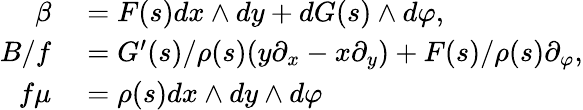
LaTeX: \begin{array}{rl}{\beta}&{{}=F(s)dx\wedge dy+dG(s)\wedge d\varphi,}\\ {B/f}&{{}=G^{\prime}(s)/\rho(s)(y\partial_{x}-x\partial_{y})+F(s)/\rho(s)\partial_{\varphi},}\\ {f\mu}&{{}=\rho(s)dx\wedge dy\wedge d\varphi}\end{array}